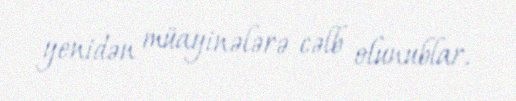
yenidən müayinələrə cəlb olunublar.